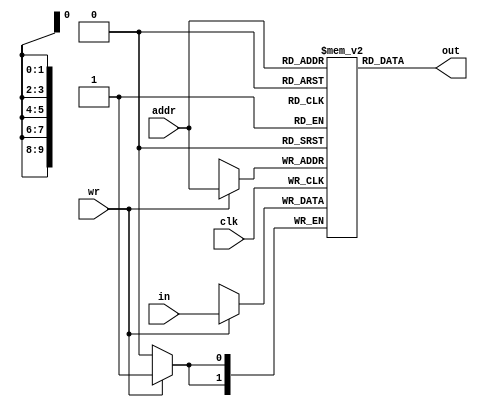
// THIS PROGRAM IS INCOMPLETE
// If someone would like to add the solution, send a PR

module BHT(out, addr, in, wr, clk);
    output [1:0] out;
    input [9:0] addr;
    input [1:0] in;
    input wr, clk;
    reg [1:0] bht[0:1023];
    integer i;

    assign out = bht[addr];
    initial begin
        for(i=0; i<1024; i=i+1)
            bht[i] = 2'b00;
    end
    always @(posedge clk) begin
        if(wr) bht[addr] = in;
    end
endmodule

module MUX1(out, in, sel);
    output [1:0] out;
    input [1:0] in;
    input sel;
    assign out = in[sel];
endmodule

module PREDICTOR(out, in, clk);
    output reg [1:0] out;
    input in, clk;

    initial begin
        out = 2'b0;
    end
    always @(posedge clk) begin
        case(out)
            2'b00: begin
                if(in) out = 2'b01;
                else out = 2'b00;
            end
            2'b01: begin
                if(in) out = 2'b11;
                else out = 2'b00;
            end
            2'b10: begin
                if(in) out = 2'b11;
                else out = 2'b00;
            end
            2'b11: begin
                if(in) out = 2'b11;
                else out = 2'b10;
            end
        endcase
    end
endmodule

module INTG(out, in, addr, clk);
    output reg [1:0] out;
    input in, clk;
    input [9:0] addr;
    wire [1:0] op1, op2, ip1, ip2;
    wire w1, w2;

    BHT b1(op1, addr, ip1, w1, clk);
    BHT b2(op2, addr, ip2, w2, clk);
endmodule